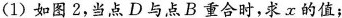
(1)如图2，当点D与点B重合时，求x的值；